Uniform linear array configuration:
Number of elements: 16
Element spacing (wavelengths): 1
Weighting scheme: blackman
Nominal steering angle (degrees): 45
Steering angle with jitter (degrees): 44.191
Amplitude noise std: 0.05
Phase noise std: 0.05

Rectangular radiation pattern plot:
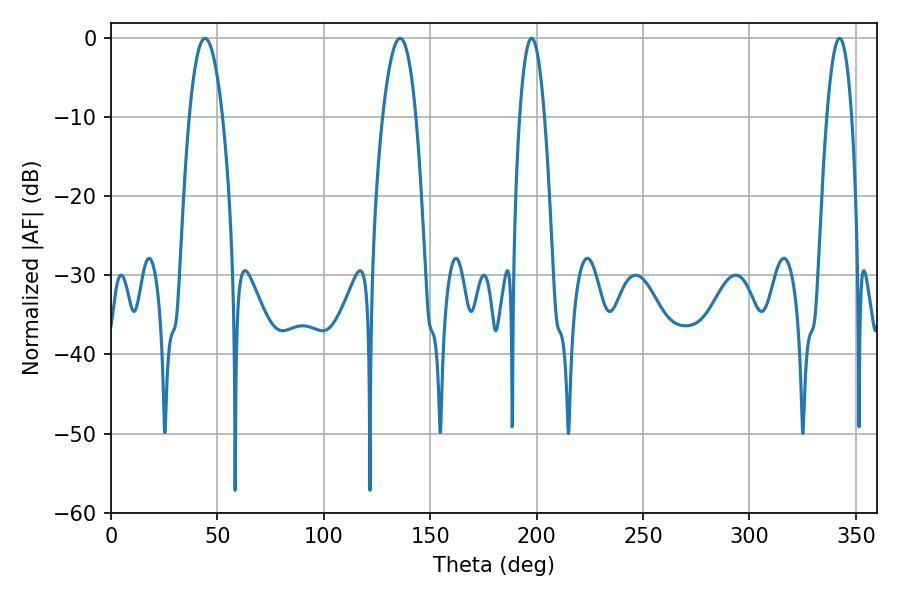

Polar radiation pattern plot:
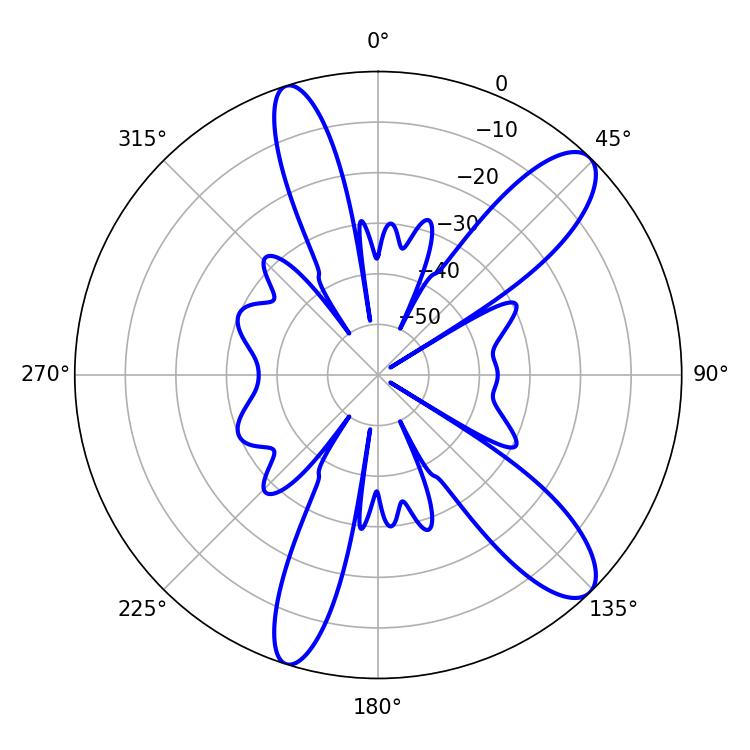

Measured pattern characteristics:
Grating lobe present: TRUE
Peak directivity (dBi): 11.215
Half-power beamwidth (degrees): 6.3
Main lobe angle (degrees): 197.64